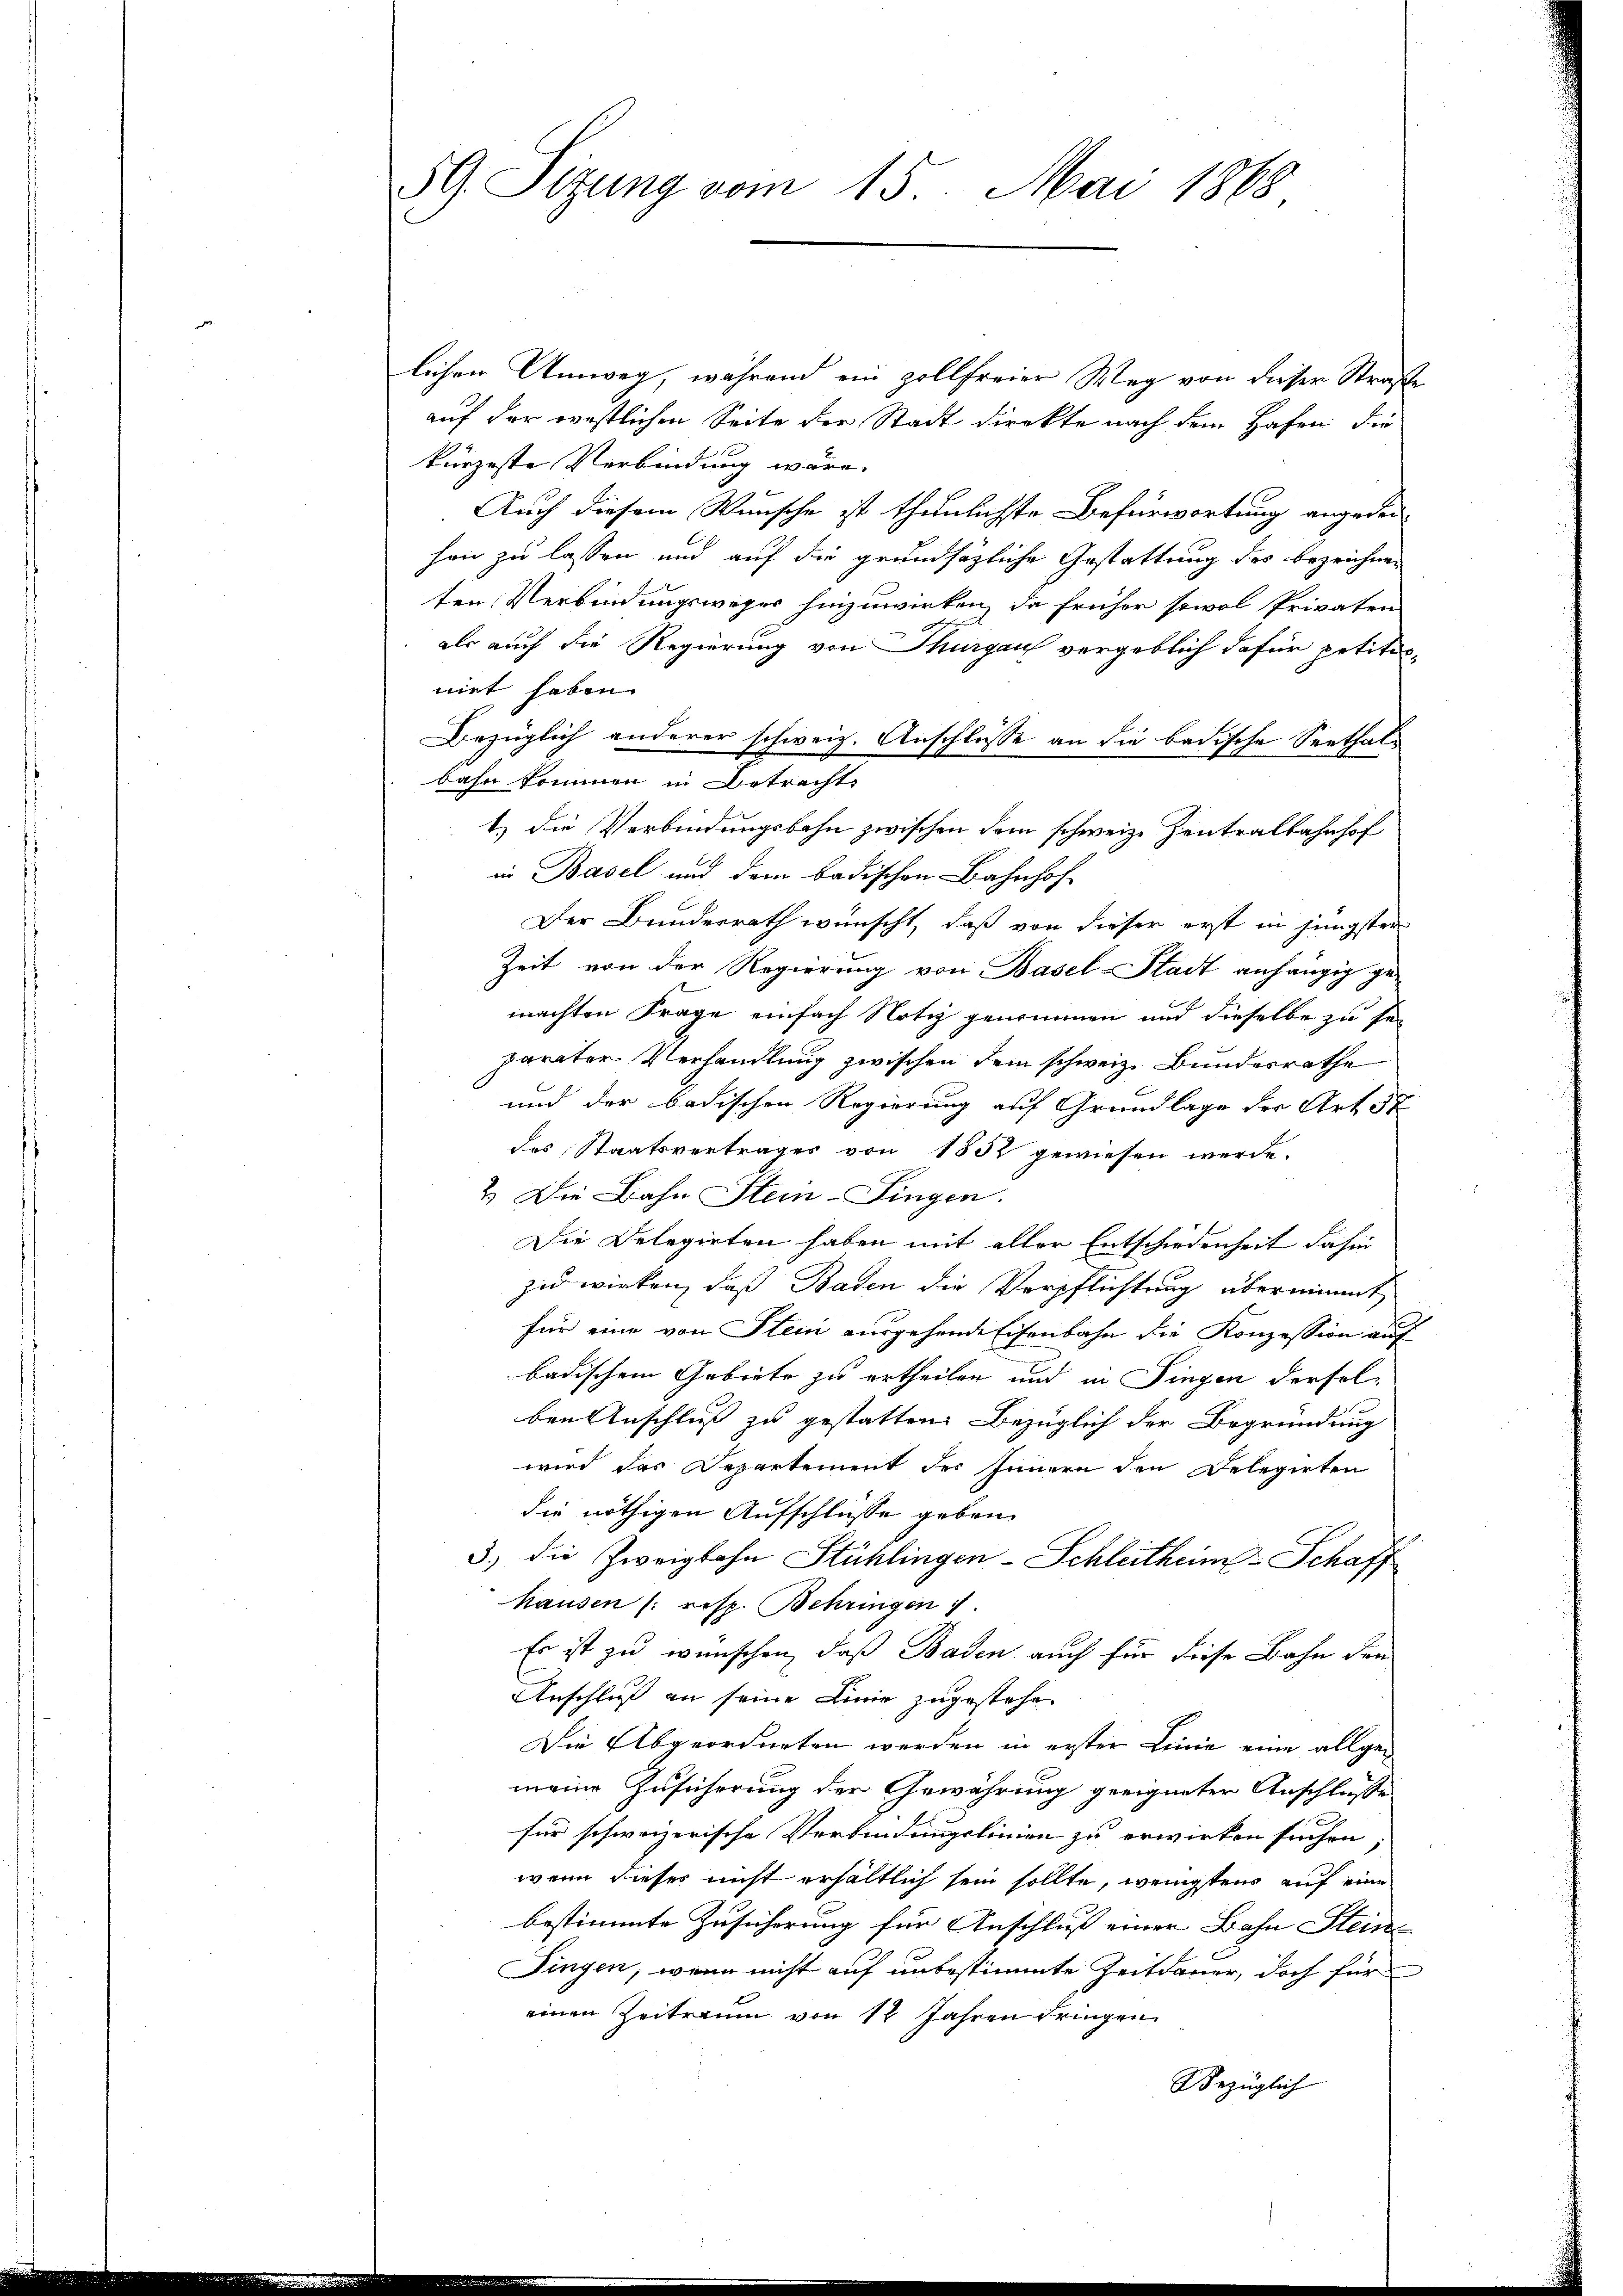
59. Sitzung vom 15. Mai 1868

lichen Umweg, während ein zollfreier Weg von dieser Straße
auf der restlichen Seite der Stadt direkte nach dem Hafen die
kürzeste Verbindung wäre.
Auch diesem Wunsche ist thunlichste Befürwortung angedei-
hen zu lassen und auf die grundsätzliche Gestattung des bezeichnen
ten Verbindungsweger hinzuwirken, da früher sowol Privaten
als auch die Regierung von Thurgau vergeblich dafür petitiniet haben.
Bezüglich anderer schweiz. Anschlüsse an die badische Seethalbahn kommen in Betracht
1.) Die Verbindungsbahn zwischen dem schweiz. Zentralbahnhof
in Basel und dem badischen Bahnhof-
Der Bunderrath wünscht, daß von dieser erst in jüngster
Zeit von der Regierung von Basel-Stadt anhängig gemachten Frage einfach Notiz genommen und dieselbe zu sei
parater Verhandlung zwischen dem schweiz. Bundesrathe
und der badischen Regierung auf Grundlage der Art. 58
des Staatsvertrages von 1852 gewiesen werde.
2. Die Bahn Stein-Singen.
Die Delegirten haben mit aller Entschiedenheit dahin
zu wirken, daß Baden die Verpflichtung übernimmt,
für eine von Stein ausgehende Eisenbahn die Konzession auf
badischem Gebiete zu ertheilen und in Fingen derselben Anschluß zu gestatten Bezüglich der Begründung
wird das Departement der Innern den Delegirten
die nöthigen Aufschlüsse geben.
3) die Zweigbahn Stühlingen-Schleitheim Schaff
hausen /: resp. Behringen
Es ist zu wünschen, daß Baden auch für diese Bahn den
Anschluß an seine Linie zugestehe.
Die Abgeordneten werden in erster Linie eine allgemeine Zusicherung der Gewährung geeigneter Anschlusse
für schweizerische Verbindungslinien zu erwirken suchen;
wenn dieses nicht erhältlich sein sollte, wenigstens auf eine
bestimmte Zusicherung für Anschluß einer Bahn Steine
Fingen, wenn nicht auf unbestimmte Zeitdauer, doch für
einen Zeitraum von 12 Jahren dringen
Bezüglich